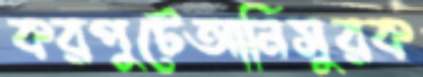
করপুটেআনিসুরক